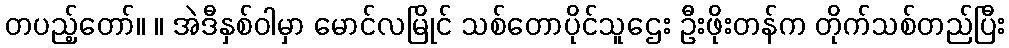
တပည့်တော်။ ။ အဲဒီနှစ်ဝါမှာ မောင်လမြိုင် သစ်တောပိုင်သူဌေး ဦးဖိုးတန်က တိုက်သစ်တည်ပြီး